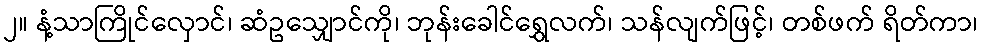
၂။ နံ့သာကြိုင်လှောင်၊ ဆံဥသျှောင်ကို၊ ဘုန်းခေါင်ရွှေလက်၊ သန်လျက်ဖြင့်၊ တစ်ဖက် ရိတ်ကာ၊